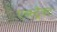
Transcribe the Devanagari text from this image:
एब्स्ट्रैक्ट